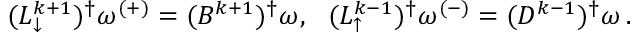
\begin{array} { r } { ( L _ { \downarrow } ^ { k + 1 } ) ^ { \dagger } \omega ^ { ( + ) } = ( B ^ { k + 1 } ) ^ { \dagger } \omega , \ \ ( L _ { \uparrow } ^ { k - 1 } ) ^ { \dagger } \omega ^ { ( - ) } = ( D ^ { k - 1 } ) ^ { \dagger } \omega \, . } \end{array}